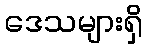
ဒေသများရှိ